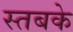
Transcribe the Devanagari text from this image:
स्तबके